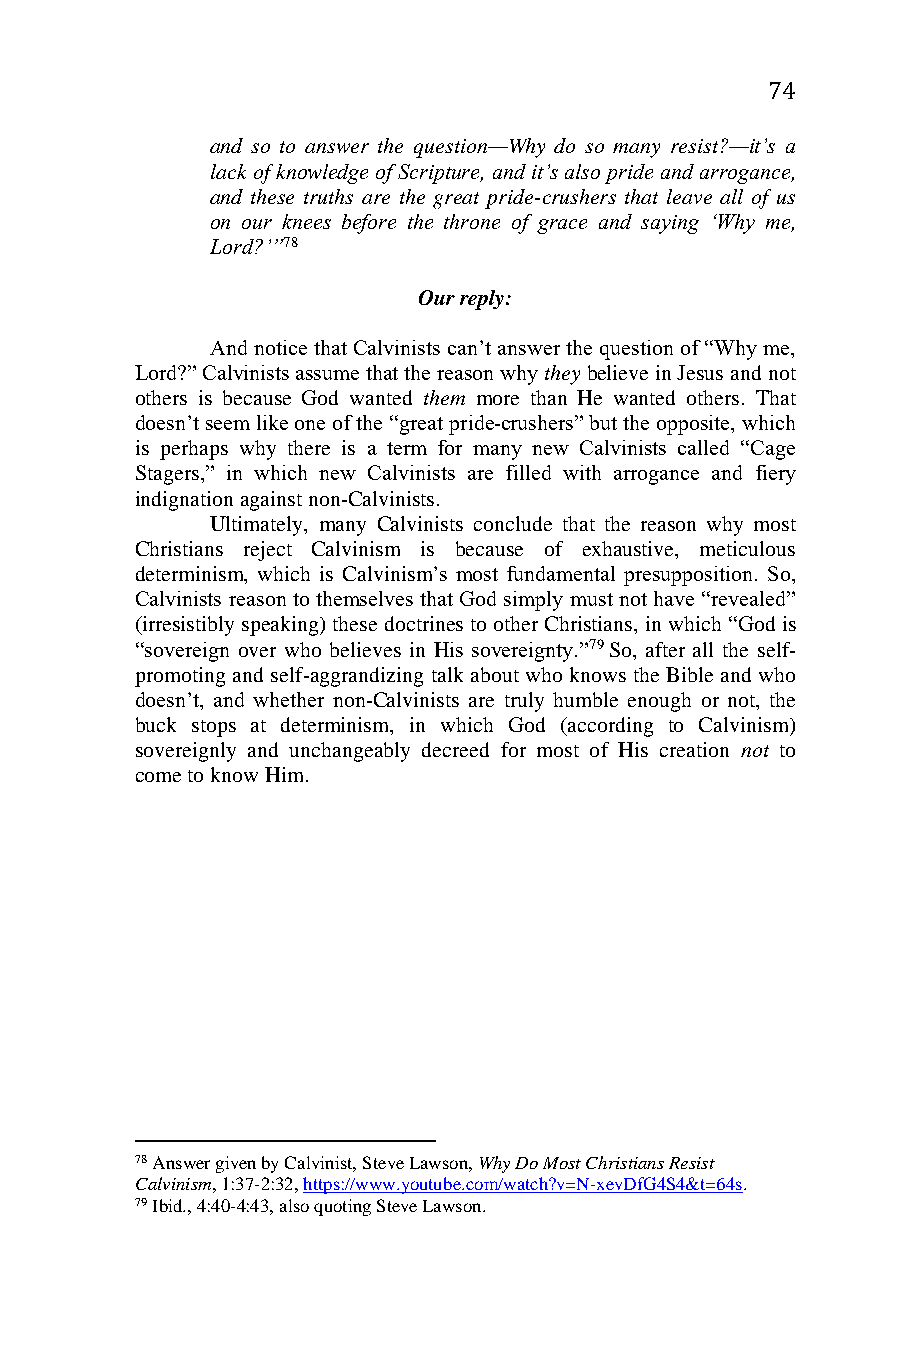
74
 and so to answer the question—Why do so many resist?—it’s a
 lack of knowledge of Scripture, and it’s also pride and arrogance,
 and these truths are the great pride-crushers that leave all of us
 on our knees before the throne of grace and saying ‘Why me,
 Lord?’”78
 Our reply:
 And notice that Calvinists can’t answer the question of “Why me,
 Lord?” Calvinists assume that the reason why they believe in Jesus and not
 others is because God wanted them more than He wanted others. That
 doesn’t seem like one of the “great pride-crushers” but the opposite, which
 is perhaps why there is a term for many new Calvinists called “Cage
 Stagers,” in which new Calvinists are filled with arrogance and fiery
 indignation against non-Calvinists.
 Ultimately, many Calvinists conclude that the reason why most
 Christians reject Calvinism is because of exhaustive, meticulous
 determinism, which is Calvinism’s most fundamental presupposition. So,
 Calvinists reason to themselves that God simply must not have “revealed”
 (irresistibly speaking) these doctrines to other Christians, in which “God is
 “sovereign over who believes in His sovereignty.”79 So, after all the self-
 promoting and self-aggrandizing talk about who knows the Bible and who
 doesn’t, and whether non-Calvinists are truly humble enough or not, the
 buck stops at determinism, in which God (according to Calvinism)
 sovereignly and unchangeably decreed for most of His creation not to
 come to know Him.
 78 Answer given by Calvinist, Steve Lawson, Why Do Most Christians Resist
 Calvinism, 1:37-2:32, https://www.youtube.com/watch?v=N-xevDfG4S4&t=64s.
 79 Ibid., 4:40-4:43, also quoting Steve Lawson.